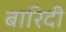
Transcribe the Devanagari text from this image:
बारिदी